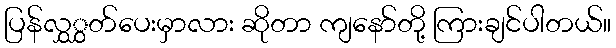
ပြန်လွှွှတ်ပေးမှာလား ဆိုတာ ကျနော်တို့ ကြားချင်ပါတယ်။